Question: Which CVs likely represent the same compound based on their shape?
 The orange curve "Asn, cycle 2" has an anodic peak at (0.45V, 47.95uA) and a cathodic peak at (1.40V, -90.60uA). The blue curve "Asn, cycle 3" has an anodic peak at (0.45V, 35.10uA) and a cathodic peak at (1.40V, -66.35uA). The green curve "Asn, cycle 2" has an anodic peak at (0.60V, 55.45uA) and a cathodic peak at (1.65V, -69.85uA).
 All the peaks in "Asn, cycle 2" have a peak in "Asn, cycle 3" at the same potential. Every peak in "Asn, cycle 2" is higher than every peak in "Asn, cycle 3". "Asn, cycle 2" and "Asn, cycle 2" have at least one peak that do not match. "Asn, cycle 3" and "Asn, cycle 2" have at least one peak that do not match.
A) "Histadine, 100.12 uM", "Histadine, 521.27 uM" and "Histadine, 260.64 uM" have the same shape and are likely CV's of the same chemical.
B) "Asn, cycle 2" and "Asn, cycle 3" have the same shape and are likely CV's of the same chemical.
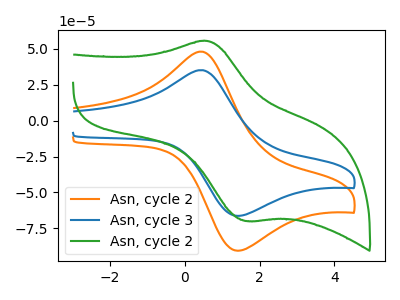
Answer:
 <answer>B) "Asn, cycle 2" and "Asn, cycle 3" have the same shape and are likely CV's of the same chemical.</answer>
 <eval>B</eval>